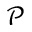
\mathcal { P }